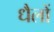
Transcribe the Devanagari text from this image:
धैलों